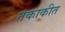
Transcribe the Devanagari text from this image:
तकाकीत